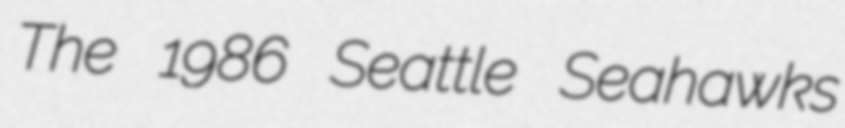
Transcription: The 1986 Seattle Seahawks